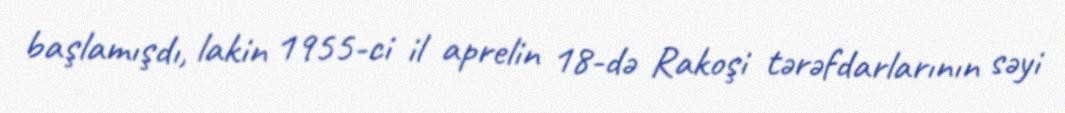
başlamışdı, lakin 1955-ci il aprelin 18-də Rakoşi tərəfdarlarının səyi